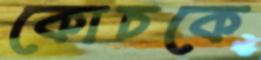
কোচকে